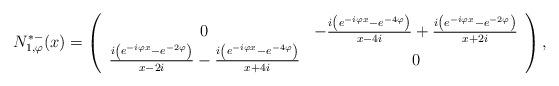
LaTeX: \begin{align*}N_{1,\varphi}^{*-}(x) = \left(\begin{array}{cc}0 & - \frac{i \left(e^{-i \varphi x} - e^{- 4 \varphi}\right)}{x - 4 i} + \frac{i \left(e^{-i \varphi x} - e^{- 2 \varphi}\right)}{x + 2 i} \\\frac{i \left(e^{-i \varphi x} - e^{- 2 \varphi}\right)}{x - 2 i} - \frac{i \left(e^{-i \varphi x} - e^{- 4 \varphi}\right)}{x + 4 i} & 0\end{array}\right),\end{align*}